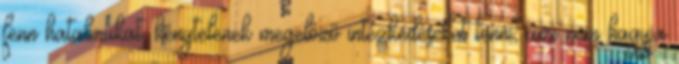
fenn hatalmukat, kénytelenek megelőző intézkedéseket tenni, ami nem hagyja